Cholera in India, 1862 to 1881
Year: 1862
Disease focus: Cholera
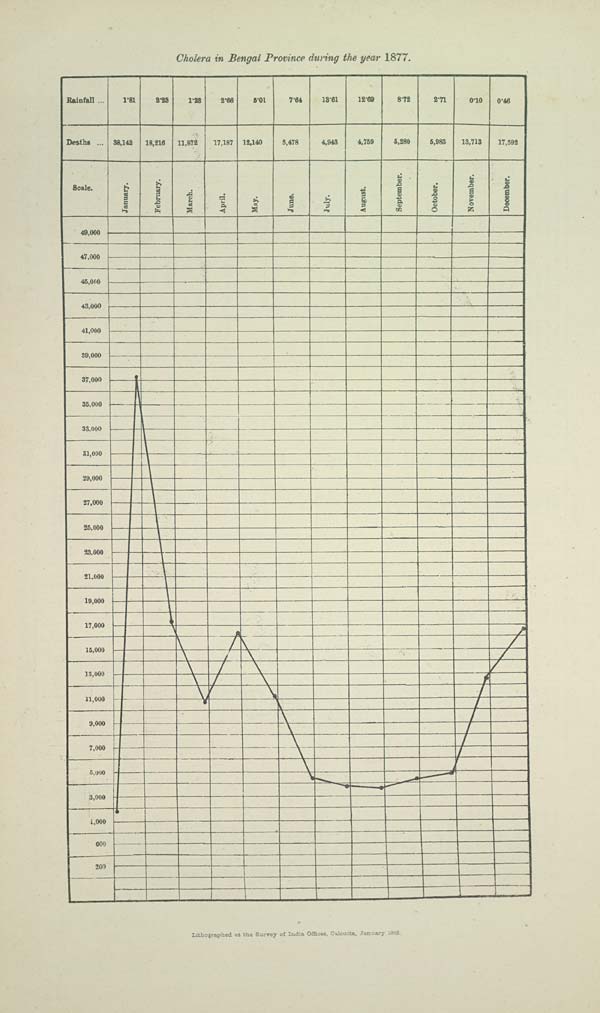
Cholera in Bengal Province during the year 1877.
Lithographed at the Survey of India Offices, Calcutta, January 1885.